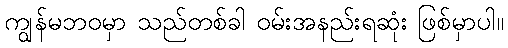
ကျွန်မဘဝမှာ သည်တစ်ခါ ဝမ်းအနည်းရဆုံး ဖြစ်မှာပါ။